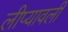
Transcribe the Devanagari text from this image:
लीप्यावली